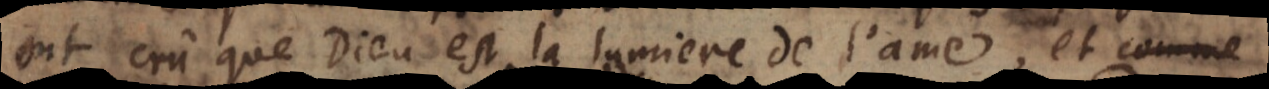
ont crû que Dieu est la lumiere de l’ame, et